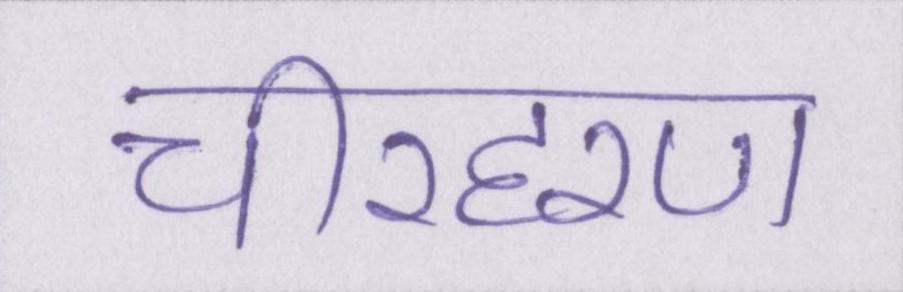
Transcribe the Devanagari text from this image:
चीरहरण